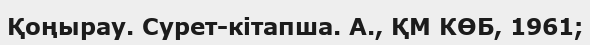
Қоңырау. Сурет-кітапша. А., ҚМ КӨБ, 1961;